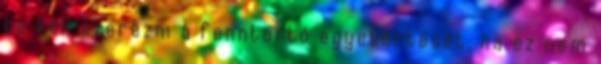
be kell szerezni a fenntartó egyetértését, ha ez nem